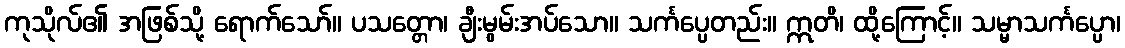
ကုသိုလ်၏ အဖြစ်သို့ ရောက်သော်။ ပသတ္တော၊ ချီးမွမ်းအပ်သော။ သင်္ကပ္ပေတည်း။ ဣတိ၊ ထို့ကြောင့်။ သမ္မာသင်္ကပ္ပော၊